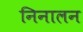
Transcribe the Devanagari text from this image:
निनालन